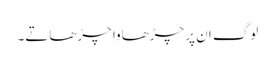
لوگ ان پر چڑھاوا چڑھاتے۔